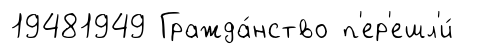
19481949 Гражда́нство п'ер'ешл'и́